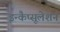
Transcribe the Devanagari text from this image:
इन्कैप्सूलेशन